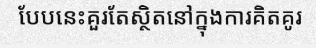
បែបនេះគួរតែស្ថិតនៅក្នុងការគិតគូរ